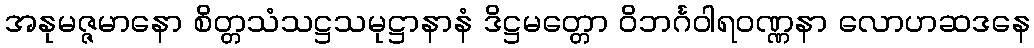
အနုမဇ္ဇမာနော စိတ္တသံသဋ္ဌသမုဋ္ဌာနာနံ ဒိဋ္ဌမတ္တော ဝိဘင်္ဂဝါရဝဏ္ဏနာ လောဟဆဒနေ